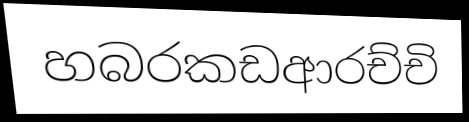
හබරකඩආරච්චි